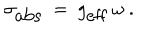
\sigma _ { \mathrm { a b s } } ~ = ~ g _ { \mathrm { e f f } } ~ \omega ~ .